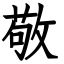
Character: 敬